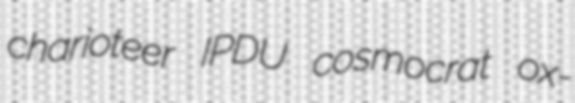
charioteer IPDU cosmocrat ox-